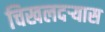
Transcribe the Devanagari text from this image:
चिखलदर्‍यास